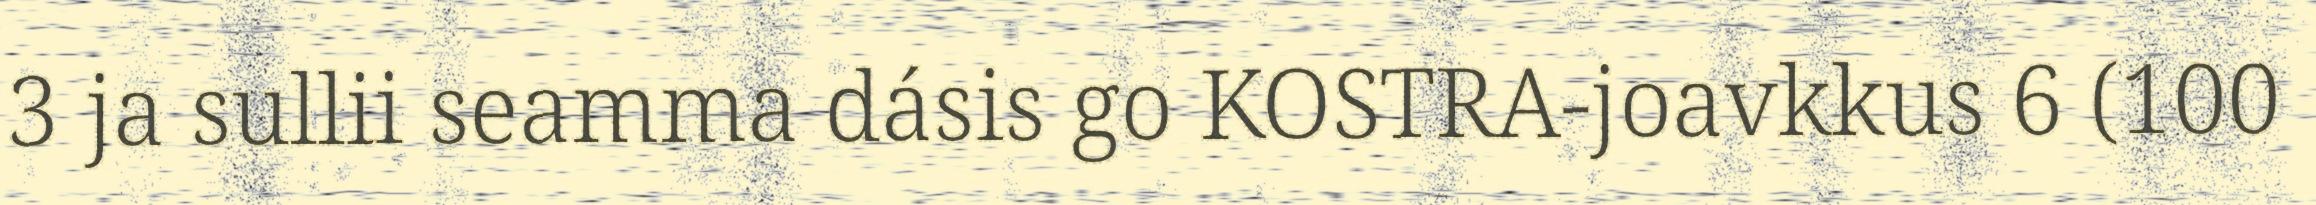
3 ja sullii seamma dásis go KOSTRA-joavkkus 6 (100